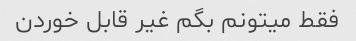
فقط میتونم بگم غیر قابل خوردن